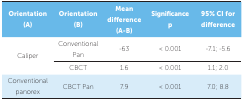
<table><thead><tr><td><b>Orientation (A)</b></td><td><b>Orientation (B)</b></td><td><b>Mean difference (A-B)</b></td><td><b>Significance p</b></td><td><b>95% CI for difference</b></td></tr></thead><tbody><tr><td rowspan="2"> Caliper</td><td> Conventional Pan</td><td> -63</td><td> &lt; 0.001</td><td> -7.1; -5.6</td></tr><tr><td> CBCT</td><td> 1.6</td><td> &lt; 0.001</td><td> 1.1; 2.0</td></tr><tr><td> Conventional panorex</td><td> CBCT Pan</td><td> 7.9</td><td> &lt; 0.001</td><td> 7.0; 8.8</td></tr></tbody></table>